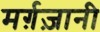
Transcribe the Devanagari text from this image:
मर्ग़ज़ानी